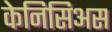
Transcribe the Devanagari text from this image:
केनिसिअस